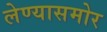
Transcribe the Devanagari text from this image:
लेण्यासमोर